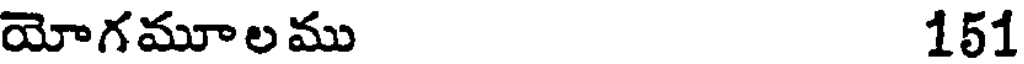
యోగమూలము 151